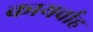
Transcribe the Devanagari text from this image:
कायर्वाह